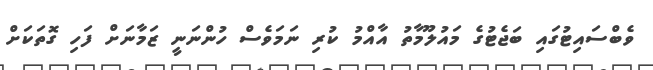
ވެބްސައިޓުގައި ބަޖެޓުގެ މައުލޫމާތު އާއްމު ކުރި ނަމަވެސް ހުންނަނީ ޒަމާނަށް ފަހި ގޮތަކަށް